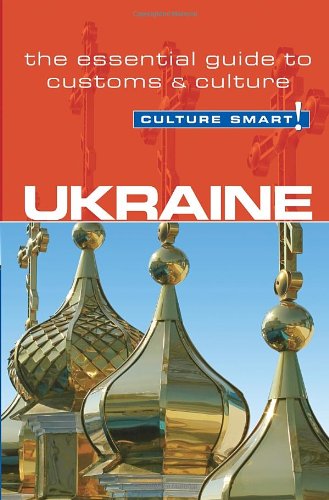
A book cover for Ukraine - Culture Smart!: The Essential Guide to Customs & Culture; Anna Shevchenko; Business & Money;